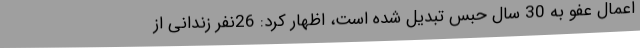
اعمال عفو به 30 سال حبس تبدیل شده است، اظهار کرد: 26نفر زندانی از